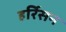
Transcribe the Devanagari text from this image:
हर्रिसन